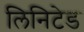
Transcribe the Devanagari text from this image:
लिनिटेड